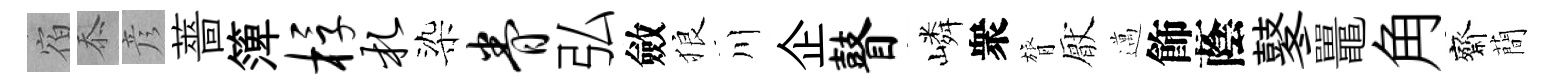
宿忝彦薔𥱼桴札染眷弘斂狼川企瞽嶙衆膂厭邁飾蔭鼕鼉角齋蕳